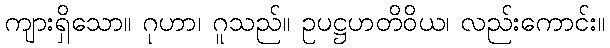
ကျားရှိသော။ ဂုဟာ၊ ဂူသည်။ ဥပဋ္ဌဟတိဝိယ၊ လည်းကောင်း။